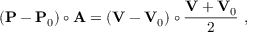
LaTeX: ( \mathbf { P } - \mathbf { P } _ { 0 } ) \circ \mathbf { A } = \left( \mathbf { V } - \mathbf { V } _ { 0 } \right) \circ { \frac { \mathbf { V } + \mathbf { V } _ { 0 } } { 2 } } \ ,